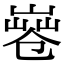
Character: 𠨤